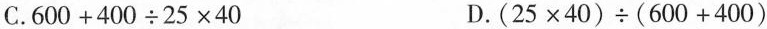
C.$$6 0 0 + 4 0 0 \div 2 5 \times 4 0$$ D.$$( 2 5 \times 4 0 ) \div ( 6 0 0 + 4 0 0 )$$